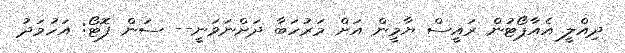
ދިއްލީ އެއާޕޯޓުން ރައީސް ޔާމީން އަށް މަރުހަބާ ދަށްނަވަނީ-- ސަން ފޮޓޯ: އަހުމަދު